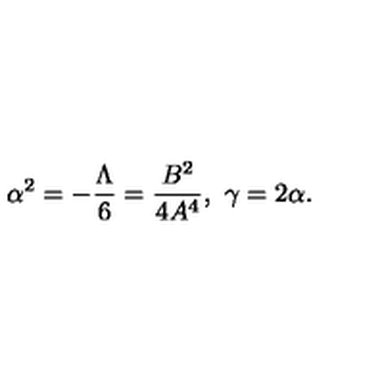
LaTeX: \alpha ^ { 2 } = - \frac { \Lambda } { 6 } = \frac { B ^ { 2 } } { 4 A ^ { 4 } } , \ \gamma = 2 \alpha .